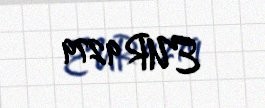
EUR 9279